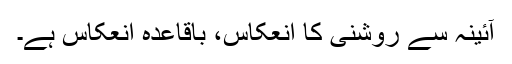
آئینہ سے روشنی کا انعکاس، باقاعدہ انعکاس ہے۔